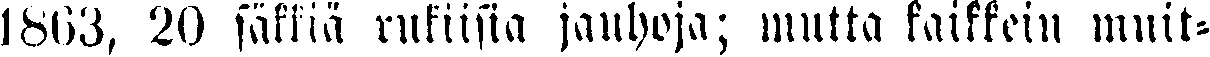
1863, 20 säkkiä rukiisia jauhoja; mutta kaikkein muit-